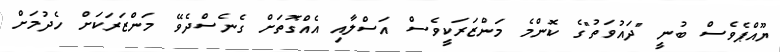
ޔޫއްޕެވެސް ބުނީ "ދައުވަތު"ގެ ކޮންމެ މަންޒަރަކީވެސް އަސްލާއި އެއްގޮތަށް ގެނެސްދެވޭ މަންޒަރަކަށް ހެދުމަށް